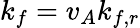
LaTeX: k_{f}=v_{A}k_{f,r}